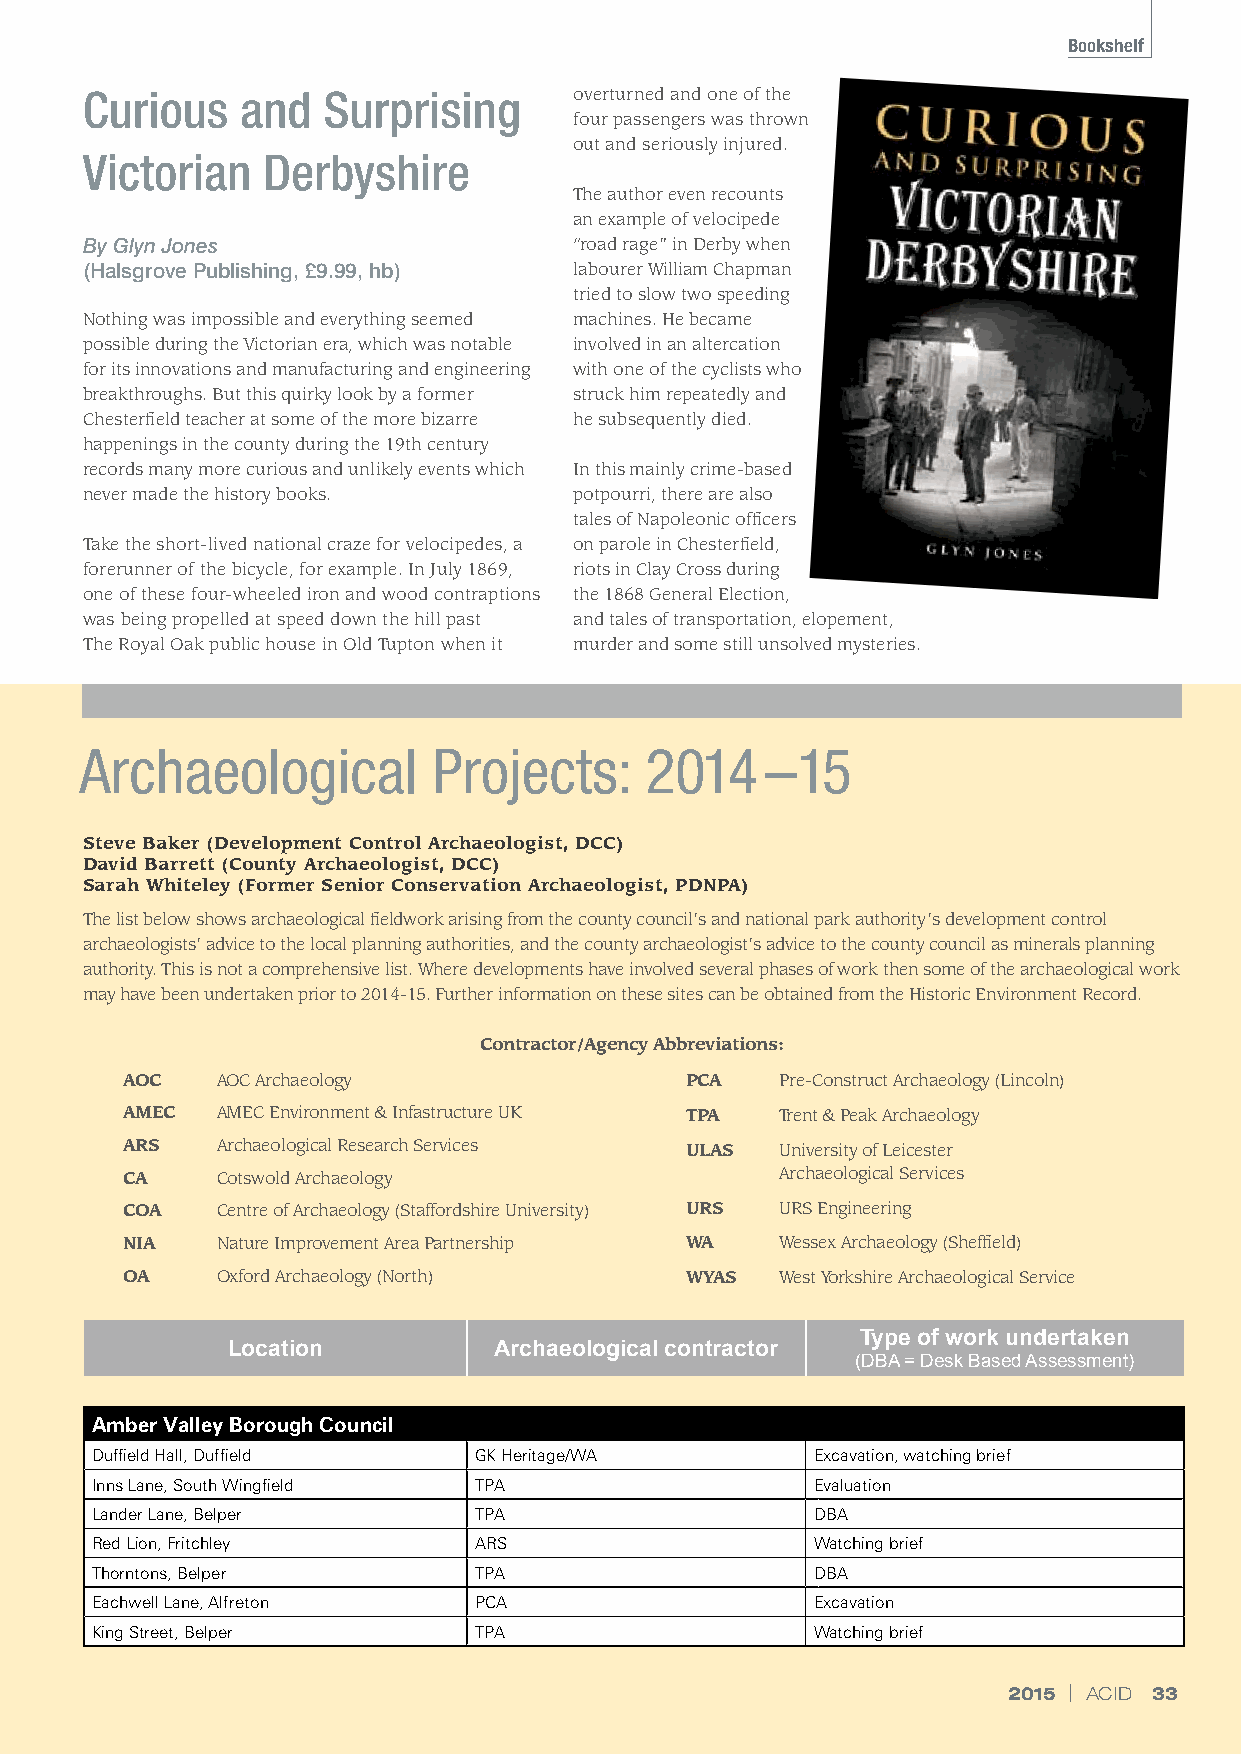
Bookshelf
 Curious    and  Surprising       overturned and one of the
 four passengers was thrown
 out and seriously injured.
 Victorian   Derbyshire
 The author even recounts
 an example of velocipede
 By Glyn Jones                    “road rage” in Derby when
 (Halsgrove Publishing, £9.99, hb) labourer William Chapman
 tried to slow two speeding
 Nothing was impossible and everything seemed machines. He became
 possible during the Victorian era, which was notable involved in an altercation
 for its innovations and manufacturing and engineering with one of the cyclists who
 breakthroughs. But this quirky look by a former struck him repeatedly and
 Chesterfield teacher at some of the more bizarre he subsequently died.
 happenings in the county during the 19th century
 records many more curious and unlikely events which In this mainly crime-based
 never made the history books.    potpourri, there are also
 tales of Napoleonic officers
 Take the short-lived national craze for velocipedes, a on parole in Chesterfield,
 forerunner of the bicycle, for example. In July 1869, riots in Clay Cross during
 one of these four-wheeled iron and wood contraptions the 1868 General Election,
 was being propelled at speed down the hill past and tales of transportation, elopement,
 The Royal Oak public house in Old Tupton when it murder and some still unsolved mysteries.
 Archaeological          Projects:     2014    –15
 Steve Baker (Development Control Archaeologist, DCC)
 David Barrett (County Archaeologist, DCC)
 Sarah Whiteley (Former Senior Conservation Archaeologist, PDNPA)
 The list below shows archaeological fieldwork arising from the county council’s and national park authority’s development control
 archaeologists’ advice to the local planning authorities, and the county archaeologist’s advice to the county council as minerals planning
 authority. This is not a comprehensive list. Where developments have involved several phases of work then some of the archaeological work
 may have been undertaken prior to 2014-15. Further information on these sites can be obtained from the Historic Environment Record.
 Contractor/Agency Abbreviations:
 AOC   AOC Archaeology                PCA    Pre-Construct Archaeology (Lincoln)
 AMEC  AMEC Environment & Infastructure UK TPA Trent & Peak Archaeology
 ARS   Archaeological Research Services ULAS U niversity of Leicester
 CA    Cotswold Archaeology                  Archaeological Services
 COA   Centre of Archaeology (Staffordshire University) URS URS Engineering
 NIA   Nature Improvement Area Partnership WA Wessex Archaeology (Sheffield)
 OA    Oxford Archaeology (North)     WYAS   West Yorkshire Archaeological Service
 Type of work undertaken
 Location          Archaeological contractor
 (DBA = Desk Based Assessment)
 Amber Valley Borough Council
 Duffield Hall, Duffield  GK Heritage/WA         Excavation, watching brief
 Inns Lane, South Wingfield TPA                  Evaluation
 Lander Lane, Belper      TPA                    DBA
 Red Lion, Fritchley      ARS                    Watching brief
 Thorntons, Belper        TPA                    DBA
 Eachwell Lane, Alfreton  PCA                    Excavation
 King Street, Belper      TPA                    Watching brief
 22001155 || AACCIIDD 3333